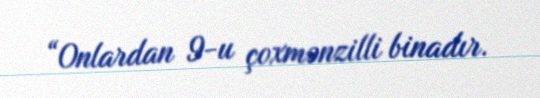
“Onlardan 9-u çoxmənzilli binadır.